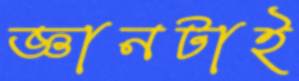
জ্ঞানটাই